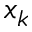
x _ { k }